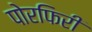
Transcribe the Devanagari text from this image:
पोरफिरी